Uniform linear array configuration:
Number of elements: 24
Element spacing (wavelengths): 1
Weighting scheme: cosine
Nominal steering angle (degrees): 0
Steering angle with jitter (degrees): -0.5401
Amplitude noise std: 0.05
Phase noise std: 0.05

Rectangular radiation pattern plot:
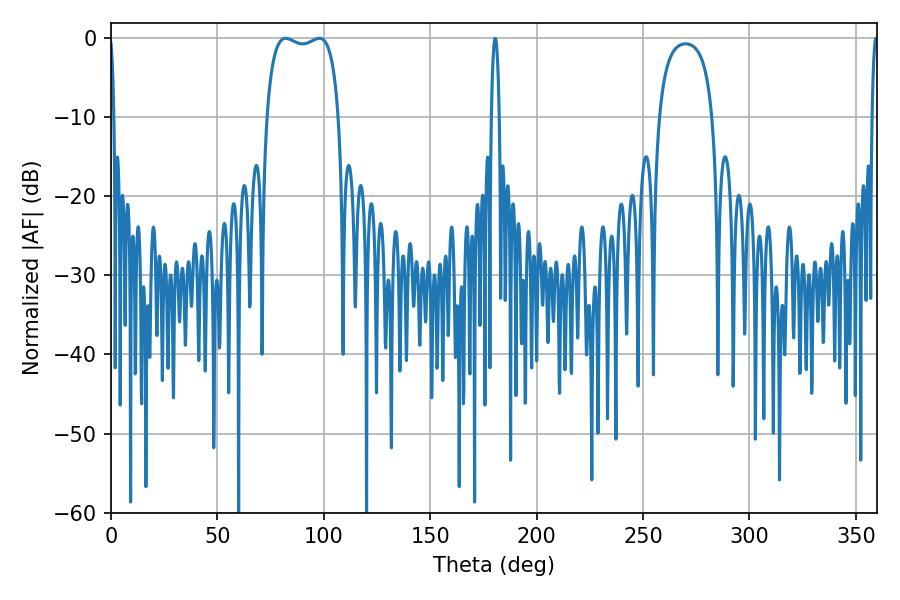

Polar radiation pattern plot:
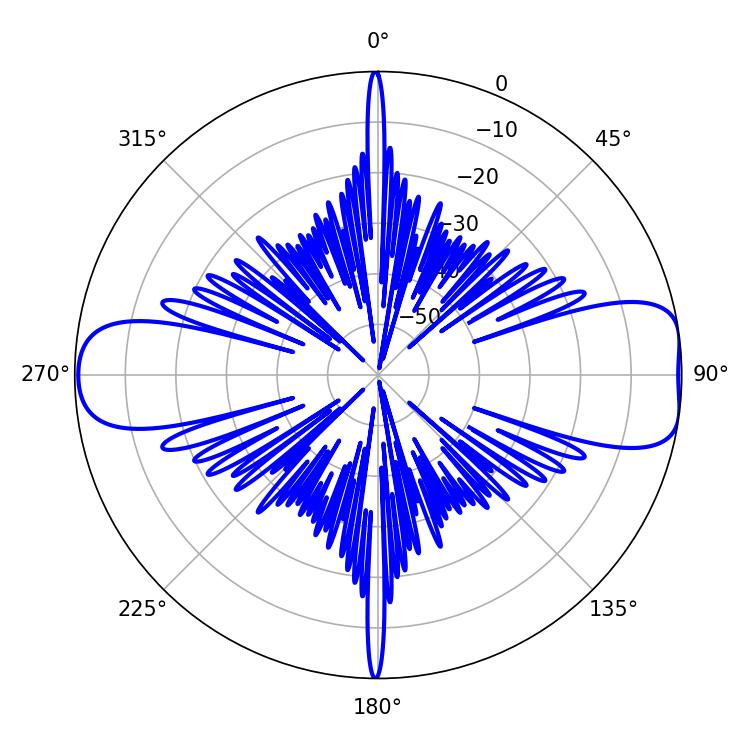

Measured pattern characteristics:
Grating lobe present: TRUE
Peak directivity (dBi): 10.05
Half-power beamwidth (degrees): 27.36
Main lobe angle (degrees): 82.08